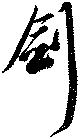
劍